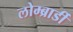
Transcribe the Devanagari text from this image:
लोम्ब्रार्डी